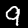
Label: 9